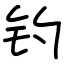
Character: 钓